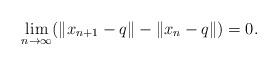
LaTeX: \begin{align*}\lim_{n\rightarrow\infty}(\|x_{n+1}-q\|-\|x_n-q\|)=0.\end{align*}